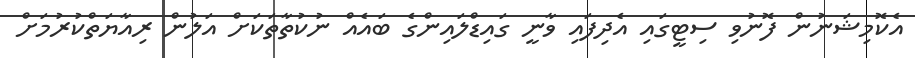
އެކޮމިޝަނުން ފޮނުވި ސިޓީގައި އެދިފައި ވާނީ ގައިޑްލައިންގެ ބައެއް ނުކުތާތަކަށް އަލުން ރިއާޔަތްކުރުމަށް